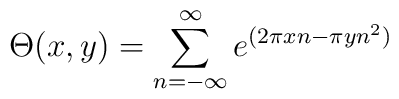
\Theta(x,y)=\sum_{n=-\infty}^{\infty}e^{(2\pi xn-\pi yn^2)}